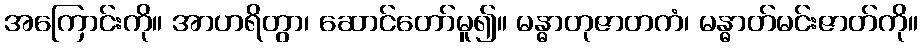
အကြောင်းကို။ အာဟရိတွာ၊ ဆောင်တော်မူ၍။ မန္ဓာတုဇာတကံ၊ မန္ဓာတ်မင်းဇာတ်ကို။